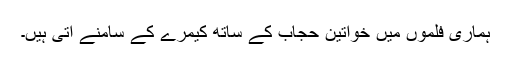
ہماری فلموں میں خواتین حجاب کے ساتھ کیمرے کے سامنے آتی ہیں۔